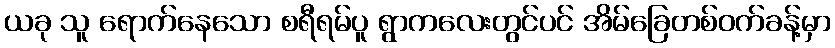
ယခု သူ ရောက်နေသော စရီရမ်ပူ ရွာကလေးတွင်ပင် အိမ်ခြေတစ်ဝက်ခန့်မှာ